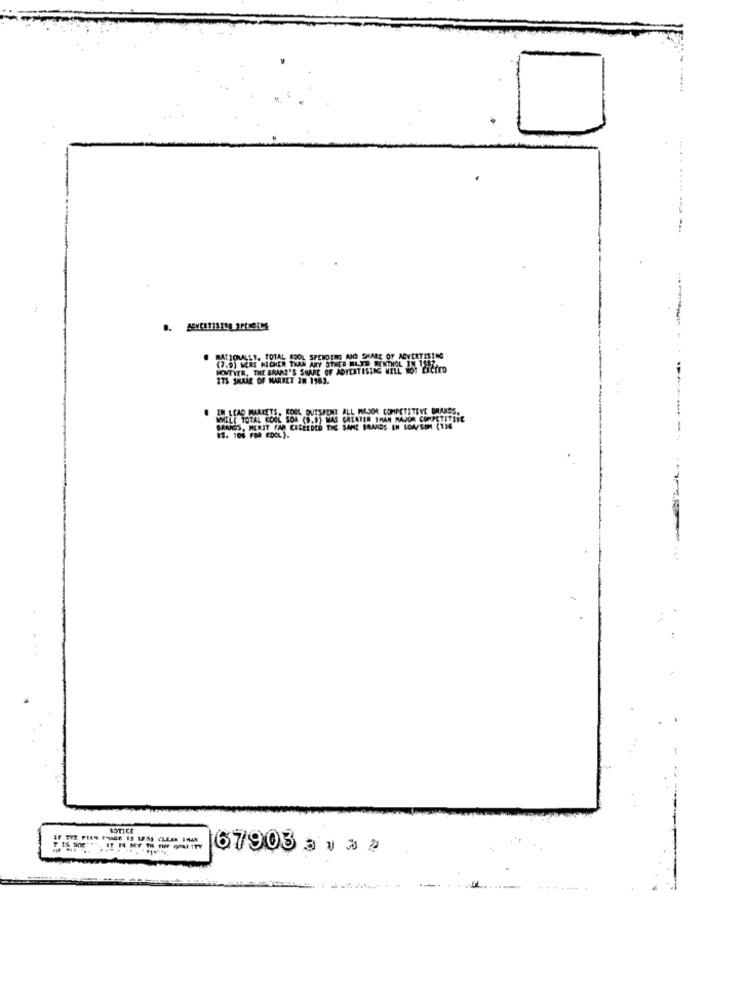
.....--
BAT ICHALL". TOTAL KOOL SPENDING AND SHARE OF ADVERTISING
(7.9) MERE KICKER THAN ANY OTHER MLYE SENDIOL IN 1SPEED
HOWEVER, THE BRAND'S SHARE OF ADIERTISING WELL TO
175 SHARE OF MARKET 20 1983.
IN LEAD MARKETS, KOOL BUTSPENT ALL MAJOR COMPETITIVE BRASSS.
SOARES, MERIT PAR CACEEDED THE SAME BRANDS IN LOW/SOM (136
KS. 106 FOR KOOL).
BOTICE
67903 3 . 3 2